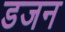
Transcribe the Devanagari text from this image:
डजन